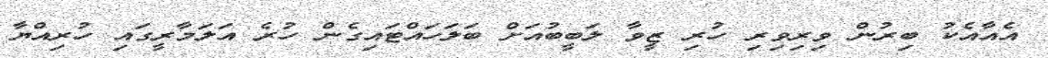
އެއާއެކު ބިރުން ވިރިވިރި ހުރި ޒީވާ ލަބީބުއަށް ބަލަހައްޓައިގެން ހުރެ އަލަމާރީގައި ހުރިއްޔާ